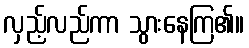
လှည့်လည်ကာ သွားနေကြ၏။